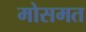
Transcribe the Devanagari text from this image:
मोसमत